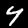
Label: 4